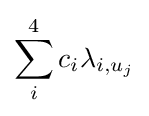
\sum _{i}^{4}{c_{i}\lambda _{i,u_{j}}}